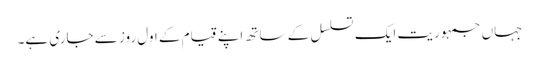
جہاں جمہوریت ایک تسلسل کے ساتھ اپنے قیام کے اول روز سے جاری ہے۔